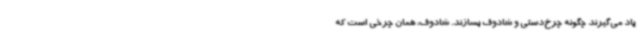
یاد می‌گیرند چگونه چرخ‌دستی و شادوف بسازند. شادوف، همان چرخی است که